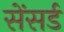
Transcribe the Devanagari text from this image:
सेंसर्ड